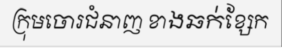
ក្រុមចោរជំនាញ ខាងឆក់ខ្សែក